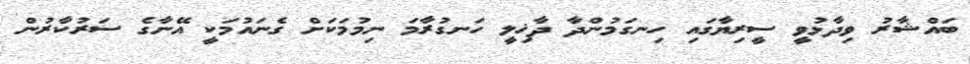
ބައްޝާރު ވިދާޅުވީ ސީރިޔާގައި ހިނގަމުންދާ ދާޚިލީ ހަނގުރާމަ ނިމުމަކަށް ގެނައުމަކީ އޭނާގެ ސަރުކާރުން